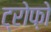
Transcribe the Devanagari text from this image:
ट्रोफ़ो